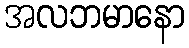
အလဘမာနော